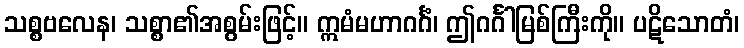
သစ္စဗလေန၊ သစ္စာ၏အစွမ်းဖြင့်။ ဣမံမဟာဂင်္ဂံ၊ ဤဂင်္ဂါမြစ်ကြီးကို။ ပဋိသောတံ၊